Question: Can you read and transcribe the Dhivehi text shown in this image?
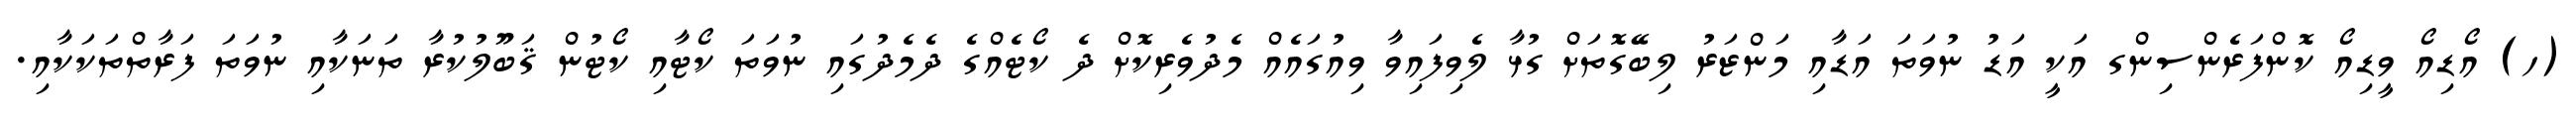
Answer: (ހ) އޯޑިއޯ ވީޑިއޯ ކޮންފަރެންސިންގ އަކީ އަޑު ނުވަތަ އަޑާއި މަންޒަރު ލިބޭގޮތަށް ގުޅާ ލެވިފައިވާ ވިއުގައެއް މެދުވެރިކޮށް ދެ ކޯޓެއްގެ ދެމެދުގައި ނުވަތަ ކޯޓާއި ކޯޓުން ޤަބޫލުކުރާ ތަނަކާއި ނުވަތަ ފަރާތްތަކަކާއި.